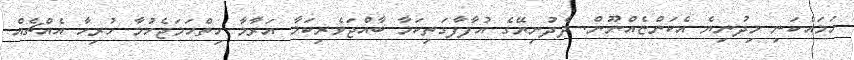
ހަމައެކަނި މިދުނިޔެ އެކަންޏެއްނޫން. ދެދުނިޔޭގެ އުފާފާގަތިކަމާ ބާއްޖަވެރިކަމާ އަރާމާ ހިތްހަމަޖެހުމާ ހުރިހާ އެއްޗެއް